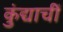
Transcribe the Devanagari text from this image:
कुंद्याचीं